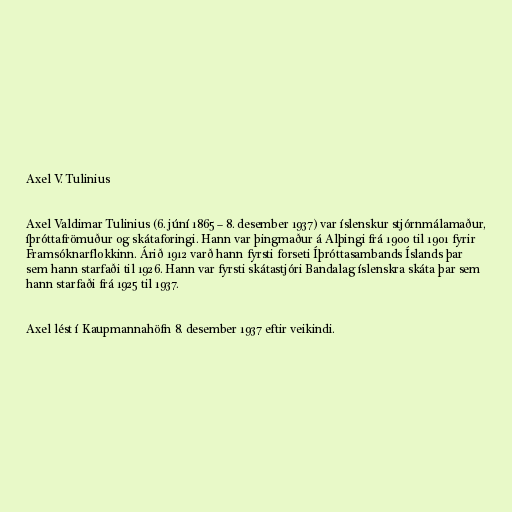
Axel V. Tulinius

Axel Valdimar Tulinius (6. júní 1865 – 8. desember 1937) var íslenskur stjórnmálamaður,
íþróttafrömuður og skátaforingi. Hann var þingmaður á Alþingi frá 1900 til 1901 fyrir
Framsóknarflokkinn. Árið 1912 varð hann fyrsti forseti Íþróttasambands Íslands þar
sem hann starfaði til 1926. Hann var fyrsti skátastjóri Bandalag íslenskra skáta þar sem
hann starfaði frá 1925 til 1937.

Axel lést í Kaupmannahöfn 8. desember 1937 eftir veikindi.